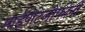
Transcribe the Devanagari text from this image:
आईपीटेलीफोनी